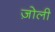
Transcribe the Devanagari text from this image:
ज़ोली